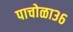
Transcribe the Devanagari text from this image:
पाचोळा३६